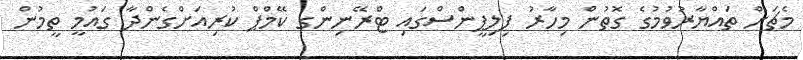
މެޗަށް ތައްޔާރުވުމުގެ ގޮތުން މިހާރު ފިލިޕީންސްގައި ޓްރޭނިންގ ކޭމްޕް ކުރިއަށްގެންދާ ގައުމީ ތީމުން